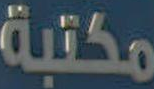
مكتبة